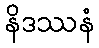
နိဒဿနံ